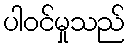
ပါဝင်မှုသည်